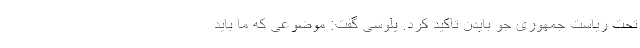
تحت ریاست جمهوری جو بایدن تاکید کرد. پلوسی گفت: موضوعی که ما باید